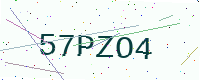
Text: 57PZO4